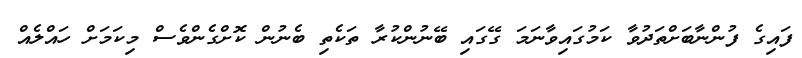
ފައިގެ ފުންނާބަށްތަދުވާ ކަމުގައިވާނަމަ ގޭގައި ބޭނުންކުރާ ތަކެތި ބެނުން ކޮށްގެންވެސް މިކަމަށް ހައްލެއް